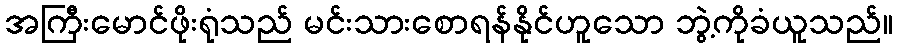
အကြီးမောင်ဖိုးရုံသည် မင်းသားစောရန်နိုင်ဟူသော ဘွဲ့ကိုခံယူသည်။